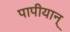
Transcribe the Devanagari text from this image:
पापीयान्‌